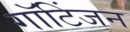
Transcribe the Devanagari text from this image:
गॉटिंजन